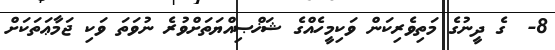
8-  ގެ ދީނުގެ މަތިވެރިކަން ވަކިމީހެއްގެ ޝަޚްޞިއްޔަތަށްވުރެ ނުވަތަ ވަކި ޖަމާޢަތަކަށް